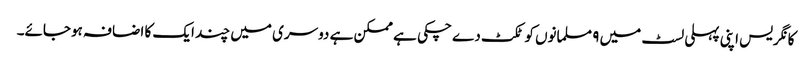
کانگریس اپنی پہلی لسٹ میں ۹ مسلمانوں کو ٹکٹ دے چکی ہے ممکن ہے دوسری میں چند ایک کا اضافہ ہوجائے۔